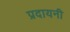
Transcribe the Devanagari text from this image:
प्रदायनी